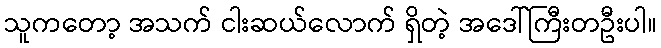
သူကတော့ အသက် ငါးဆယ်လောက် ရှိတဲ့ အဒေါ်ကြီးတဦးပါ။